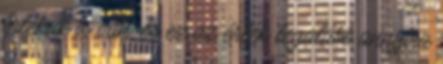
értékük is van, és ez az érték legalább annyira